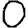
Digit: 0